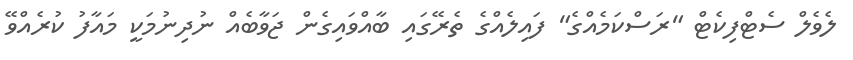
ލެވެލް ސެޓްފިކެޓް "ރަސްކަމެއްގެ" ފައިލެއްގެ ތެރޭގައި ބާއްވައިގެން ޖަވާބެއް ނުދިނުމަކީ މައާފު ކުރެއްވޭ